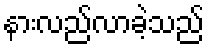
နားလည်လာခဲ့သည်